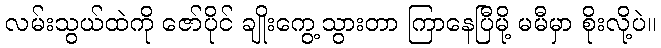
လမ်းသွယ်ထဲကို ဇော်ပိုင် ချိုးကွေ့သွားတာ ကြာနေပြီမို့ မမီမှာ စိုးလို့ပဲ။